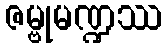
ဇမ္ဗုမဏ္ဍဿ